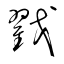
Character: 戳